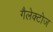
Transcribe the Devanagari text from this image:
गैलेक्टोज